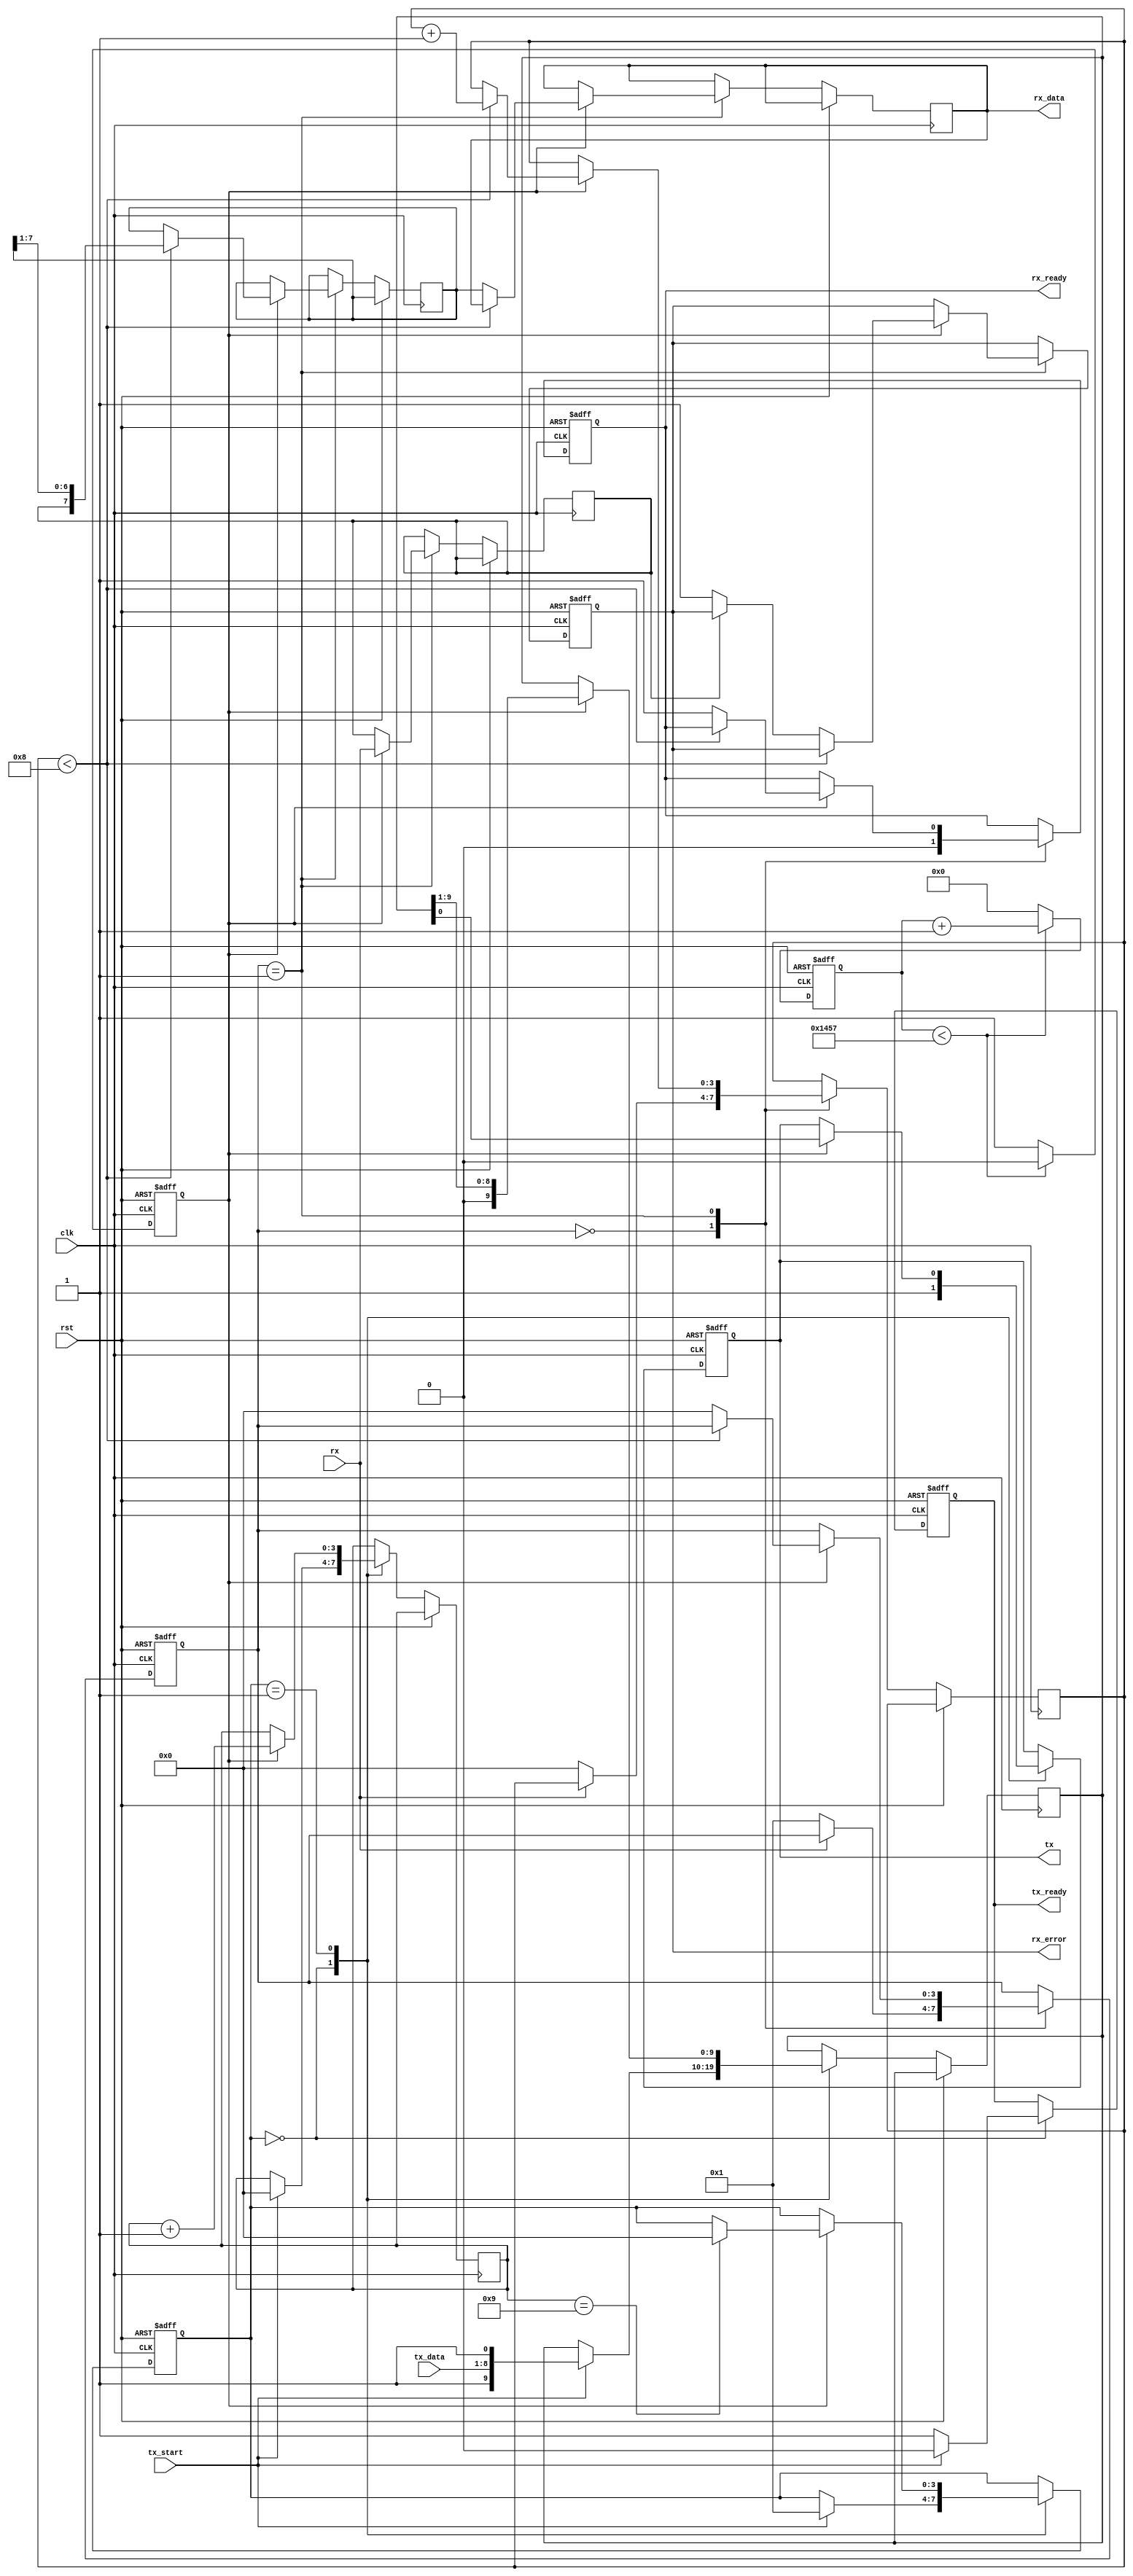
module parameterized_uart #(
    parameter BAUD_RATE = 9600,
    parameter CLOCK_FREQ = 50000000, // System clock frequency
    parameter DATA_WIDTH = 8,         // Number of data bits
    parameter STOP_BITS = 1,          // Number of stop bits (1 or 2)
    parameter PARITY = "NONE"          // Parity type: "NONE", "EVEN", "ODD"
)(
    input wire clk,                   // System clock
    input wire rst,                   // Reset signal
    input wire tx_start,              // Start transmission signal
    input wire [DATA_WIDTH-1:0] tx_data, // Parallel data input
    output reg tx,                    // Serial transmit output
    output reg tx_ready,              // Transmitter ready signal
    input wire rx,                    // Serial receive input
    output reg [DATA_WIDTH-1:0] rx_data, // Parallel data output
    output reg rx_ready,              // Receiver data ready signal
    output reg rx_error               // Receiver error flag
);
    
    // Baud rate generation
    localparam BAUD_DIV = CLOCK_FREQ / BAUD_RATE;
    reg [15:0] baud_counter;           // Baud rate counter
    reg baud_tick;                     // Baud rate tick signal

    always @(posedge clk or posedge rst) begin
        if (rst) begin
            baud_counter <= 0;
            baud_tick <= 0;
        end else begin
            if (baud_counter < BAUD_DIV - 1) begin
                baud_counter <= baud_counter + 1;
                baud_tick <= 0;
            end else begin
                baud_counter <= 0;
                baud_tick <= 1;
            end
        end
    end

    // Transmitter (TX)
    reg [3:0] tx_state;                // TX state
    reg [DATA_WIDTH + 1 + (STOP_BITS-1):0] tx_shift_reg; // Shift register with start, data, and stop bits
    reg [3:0] tx_bit_count;            // Bit counter

    always @(posedge clk or posedge rst) begin
        if (rst) begin
            tx <= 1; // Idle state
            tx_ready <= 1;
            tx_state <= 0;
        end else begin
            case (tx_state)
                0: begin // Idle state
                    tx <= 1; // Idle high
                    tx_ready <= 1;
                    if (tx_start) begin
                        tx_shift_reg <= {1'b1, tx_data, {STOP_BITS{1'b1}}}; // Start + data + stop bits
                        tx_state <= 1;
                        tx_ready <= 0;
                        tx_bit_count <= 0;
                    end
                end
                1: begin // Sending bits
                    if (baud_tick) begin
                        tx <= tx_shift_reg[0]; // Send LSB first
                        tx_shift_reg <= {1'b0, tx_shift_reg[DATA_WIDTH + STOP_BITS:1]}; // Shift right
                        tx_bit_count <= tx_bit_count + 1;
                        if (tx_bit_count == DATA_WIDTH + STOP_BITS) begin
                            tx_state <= 0; // Back to idle
                        end
                    end
                end
            endcase
        end
    end

    // Receiver (RX)
    reg [3:0] rx_state;                // RX state
    reg [DATA_WIDTH - 1:0] rx_shift_reg; // Shift register for received data
    reg [3:0] rx_bit_count;            // Bit counter
    reg rx_sampled;                    // Sampled RX signal

    always @(posedge clk or posedge rst) begin
        if (rst) begin
            rx_state <= 0;
            rx_ready <= 0;
            rx_error <= 0;
        end else begin
            case (rx_state)
                0: begin // Idle state
                    rx_ready <= 0;
                    if (!rx) begin // Start bit detected
                        rx_state <= 1;
                        rx_bit_count <= 0;
                    end
                end
                1: begin // Sampling bits
                    if (baud_tick) begin
                        rx_sampled <= rx; // Sample the RX line
                        if (rx_bit_count < DATA_WIDTH) begin
                            rx_shift_reg <= {rx_sampled, rx_shift_reg[DATA_WIDTH-1:1]}; // Shift in data
                            rx_bit_count <= rx_bit_count + 1;
                        end else begin
                            // Check for stop bits and error
                            if (rx_sampled != 1'b1) begin
                                rx_error <= 1; // Framing error
                            end
                            rx_data <= rx_shift_reg; // Load received data
                            rx_ready <= 1; // Data ready
                            rx_state <= 0; // Back to idle
                        end
                    end
                end
            endcase
        end
    end

endmodule